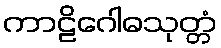
ကာဠိဂေါဓသုတ္တံ